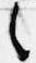
之